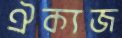
ঐক্যজ